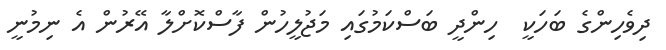
ދިވެހިންގެ ބަހަކީ  ހިންދީ ބަސްކަމުގައި މަޖުލީހުން ފާސްކޮށްލާ އޭރުން އެ ނިމުނީ